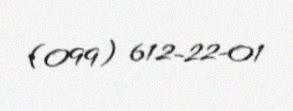
(099) 612-22-01